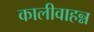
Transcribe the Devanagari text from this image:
कालीवाहन्न